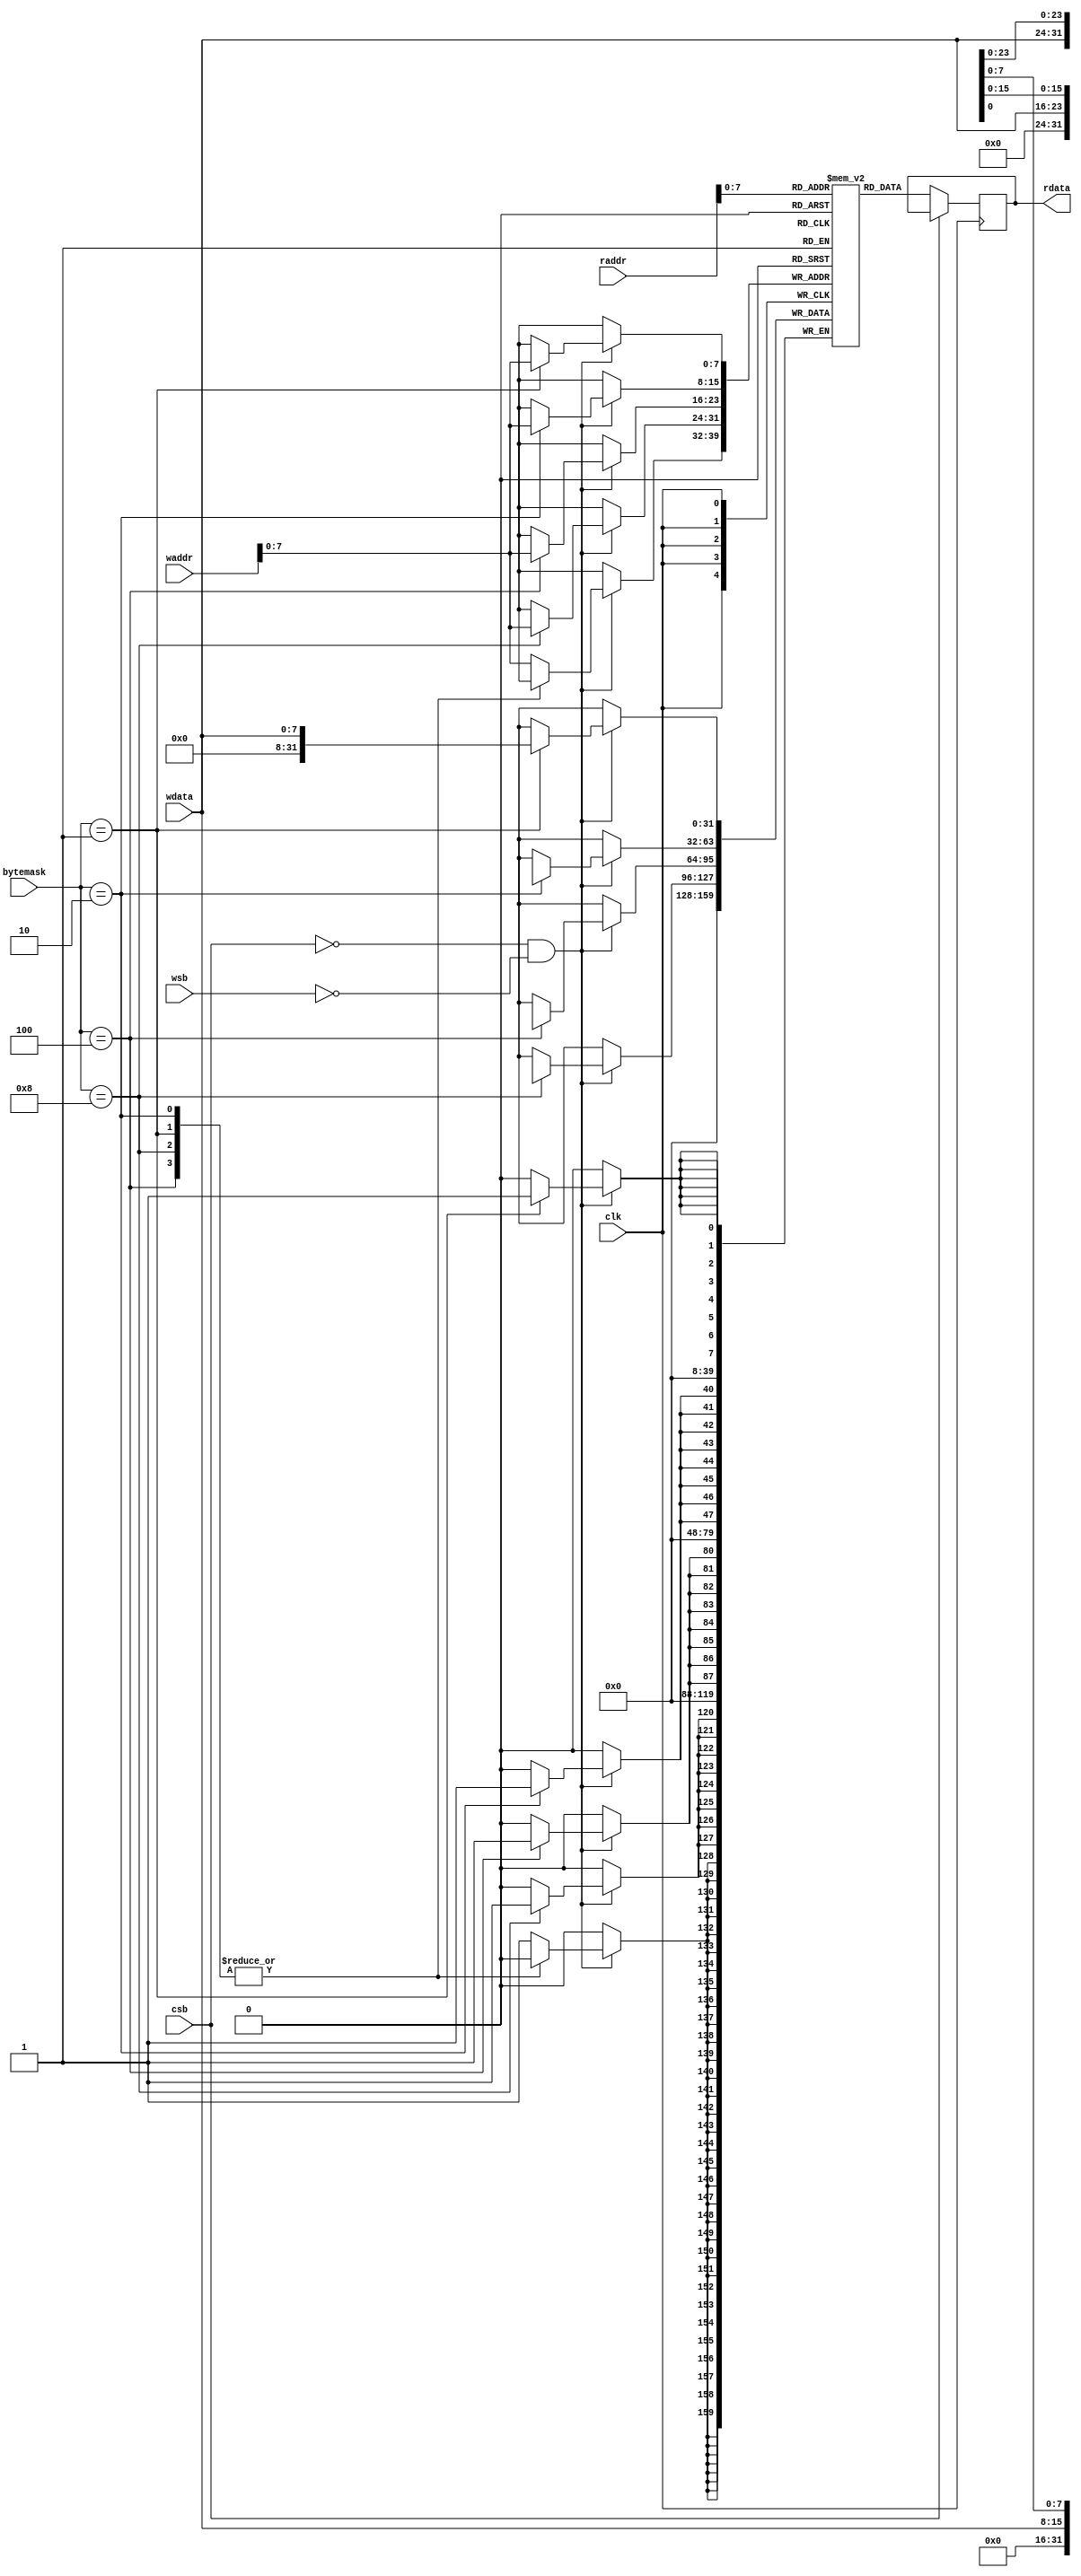
///sram
module sram_128x32b(
input clk,
input [3:0] bytemask,
input csb,  //chip enable
input wsb,  //write enable
input [7:0] wdata, //write data
input [9:0] waddr, //write address
input [9:0] raddr, //read address

output reg [31:0] rdata //read data
);

reg [31:0] _rdata;
reg [31:0] mem[0:256-1];


///////bytemask 
always@(posedge clk) begin
  if(~csb && ~wsb) begin
    case (bytemask)
      4'b0001 : mem[waddr][7:0] <= wdata;
      4'b0010 : mem[waddr][15:8] <= wdata;
      4'b0100 : mem[waddr][23:16] <= wdata;
      4'b1000 : mem[waddr][31:24] <= wdata;
      default: mem[waddr] <= 0; 
    endcase
  end
end
always@(posedge clk) begin
  if(~csb) begin
    _rdata <= mem[raddr];
  end
end


always@*
begin
    //rdata = #(`cycle_period*0.2) _rdata;
    rdata =  _rdata;
end



task char2sram(
 input [31:0]index,
 input [31:0]char_in
);

  mem[index] = char_in;

endtask
 

task display();

integer this_i, this_j;
reg signed [7:0] index_0,index_1,index_2,index_3;
  begin
    for(this_i=0;this_i< 80;this_i=this_i+1) begin
          index_0 = mem[this_i][31:24];
          index_1 = mem[this_i][23:16];
          index_2 = mem[this_i][15:8];
          index_3 = mem[this_i][7:0];
          $write("%d %d %d %d \n",index_0,index_1,index_2,index_3);
    end
  end

endtask


endmodule